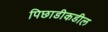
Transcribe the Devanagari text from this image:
पिछाडीकडील